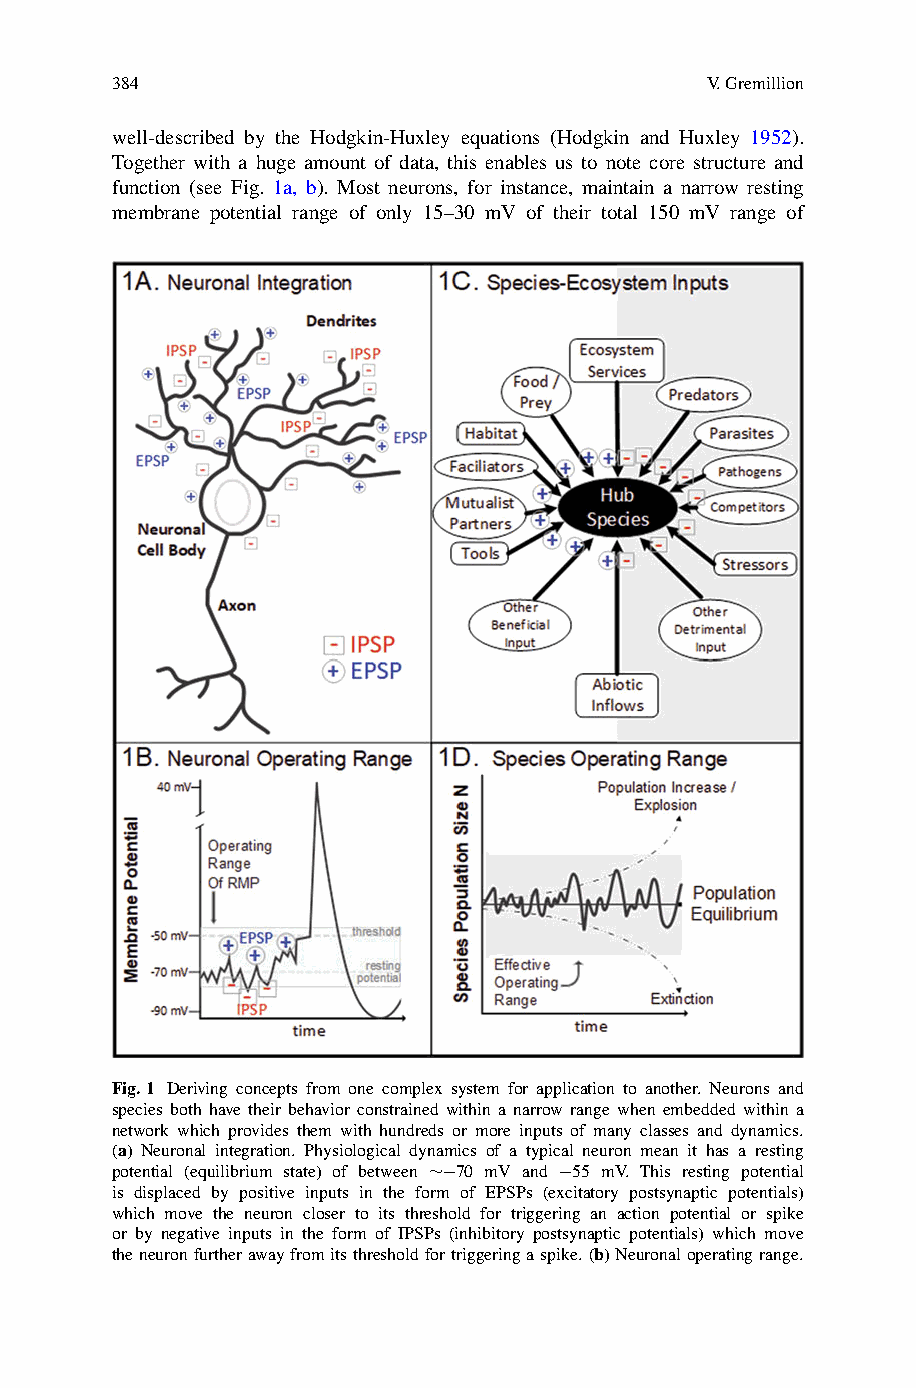
384                                     V.Gremillion
 well-described by the Hodgkin-Huxley equations (Hodgkin and Huxley 1952).
 Together with a huge amount of data, this enables us to note core structure and
 function (see Fig. 1a, b). Most neurons, for instance, maintain a narrow resting
 membrane potential range of only 15–30 mV of their total 150 mV range of
 Fig.1 Deriving concepts from one complex system for application to another. Neurons and
 species both have their behavior constrained within a narrow range when embedded within a
 network which provides them with hundreds or more inputs of many classes and dynamics.
 (a) Neuronal integration. Physiological dynamics of a typical neuron mean it has a resting
 potential (equilibrium state) of between ∼−70 mV and −55 mV. This resting potential
 is displaced by positive inputs in the form of EPSPs (excitatory postsynaptic potentials)
 which move the neuron closer to its threshold for triggering an action potential or spike
 or by negative inputs in the form of IPSPs (inhibitory postsynaptic potentials) which move
 theneuronfurtherawayfromitsthresholdfortriggeringaspike.(b)Neuronaloperatingrange.